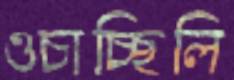
ওচাচ্ছিলি